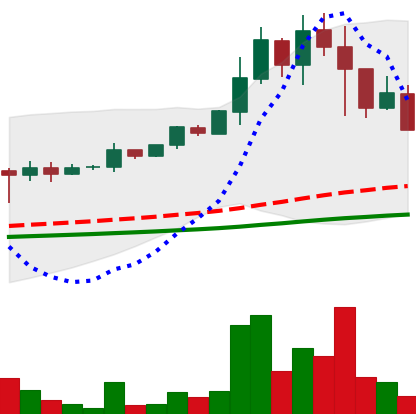
Ticker: DOGE-USD
Chart end date: 2021-05-12
Forward return: 26.602%
Label: up_7plus